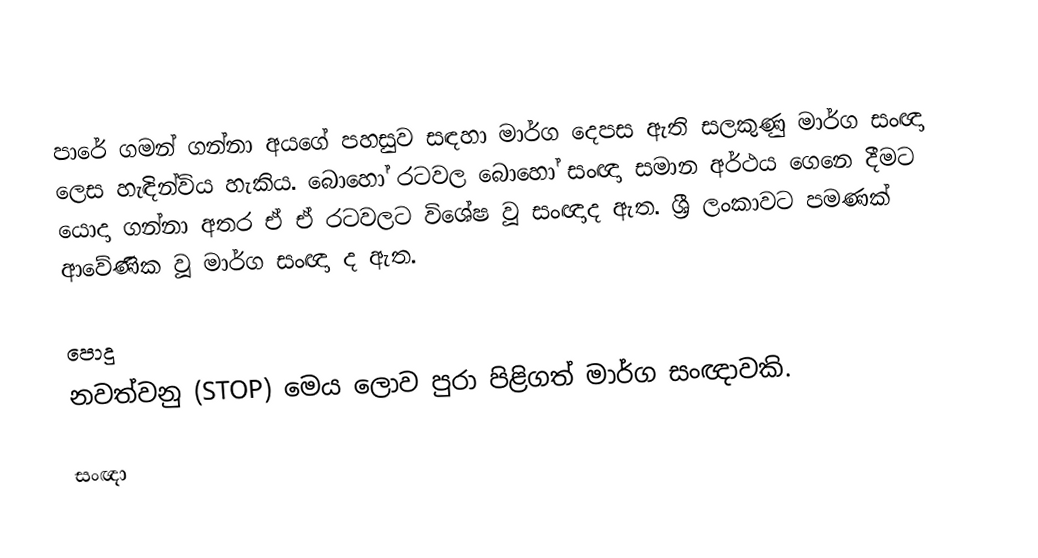
පාරේ ගමන් ගන්නා අයගේ පහසුව සඳහා මාර්ග දෙපස ඇති සලකුණු මාර්ග සංඥා ලෙස හැඳින්විය හැකිය.  බොහෝ රටවල බොහෝ සංඥා සමාන අර්ථය ගෙනෙ දීමට යොදා ගන්නා අතර ඒ ඒ රටවලට විශේෂ වූ සංඥාද ඇත. ශ්‍රී ලංකාවට පමණක් ආවේණික වූ මාර්ග සංඥා ද ඇත.

පොදු
නවත්වනු (STOP) මෙය ලොව පුරා පිළිගත් මාර්ග සංඥාවකි.

සංඥා